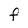
Character: f